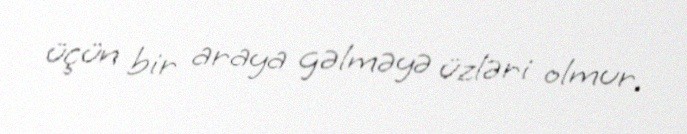
üçün bir araya gəlməyə üzləri olmur.